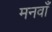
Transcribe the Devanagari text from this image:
मनवाँ